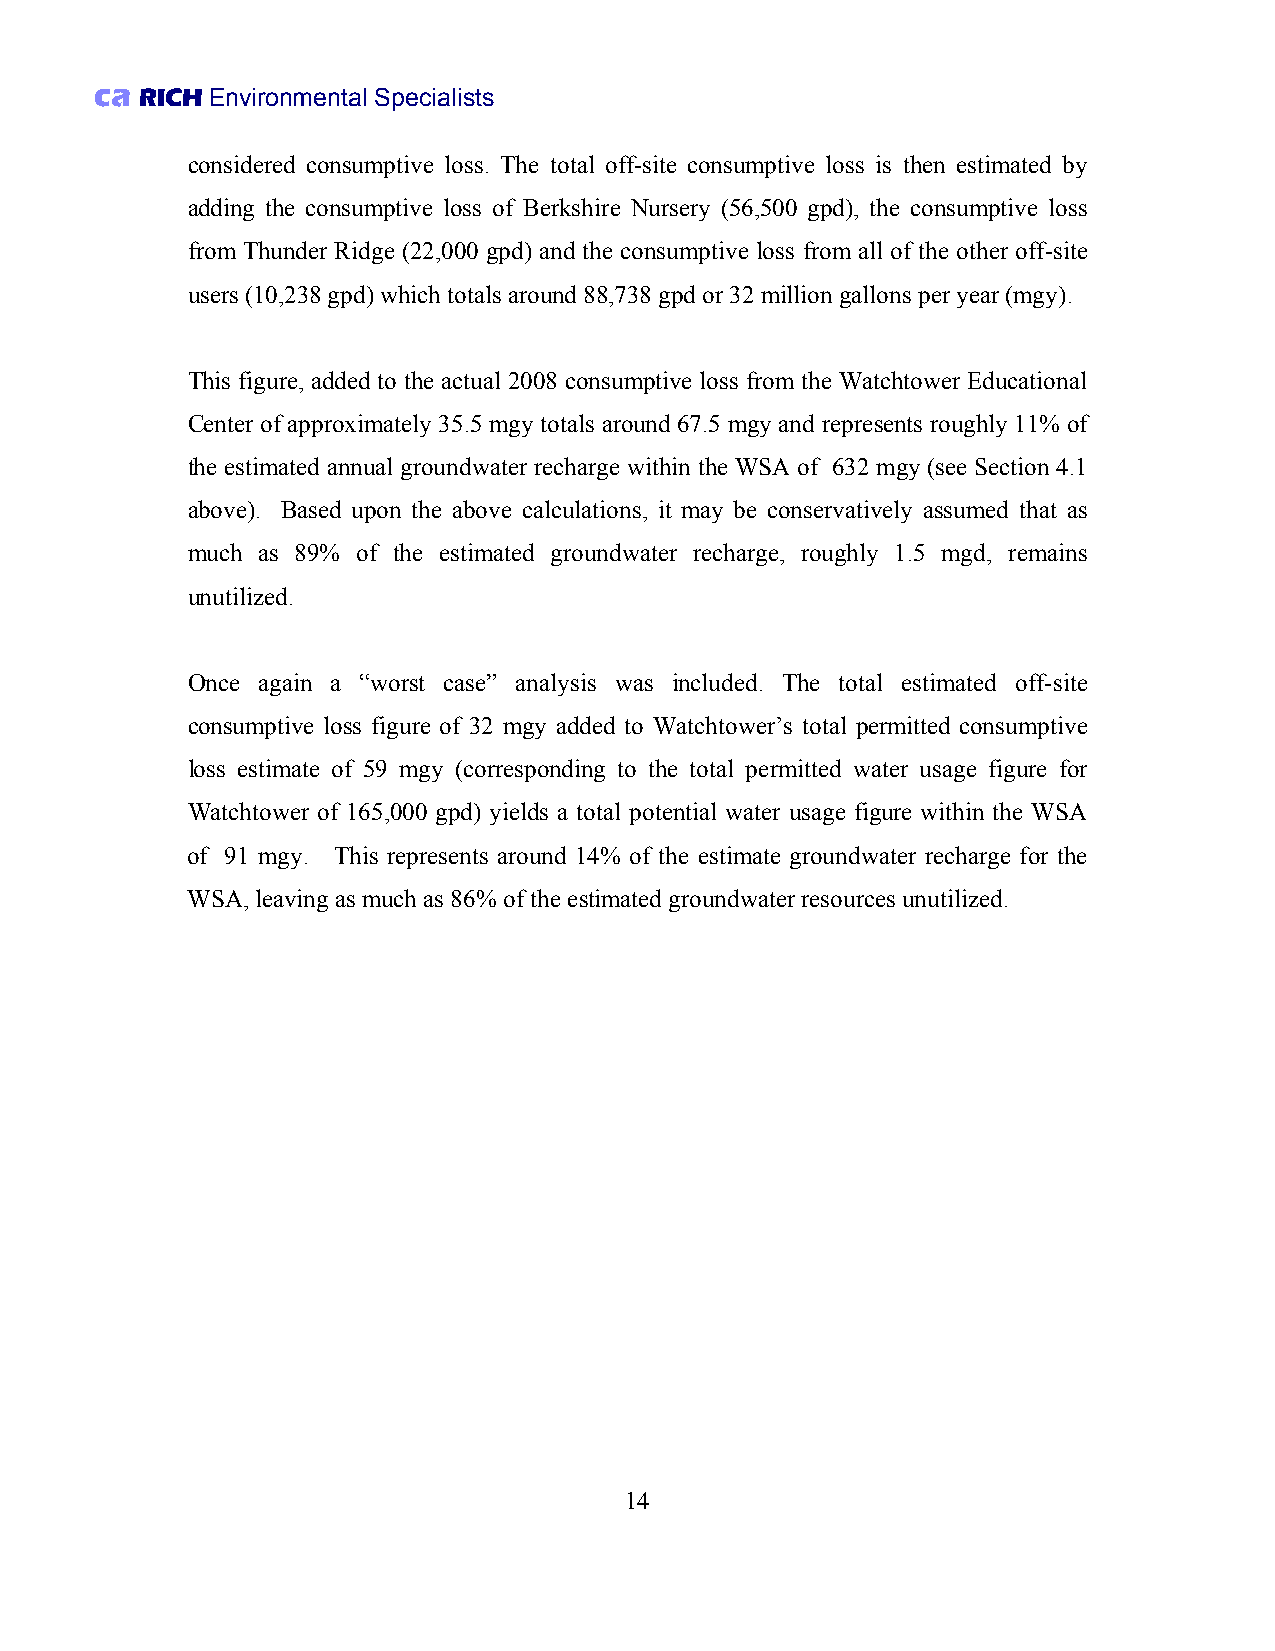
ca RICH Environmental Specialists
 considered consumptive loss. The total off-site consumptive loss is then estimated by
 adding the consumptive loss of Berkshire Nursery (56,500 gpd), the consumptive loss
 from Thunder Ridge (22,000 gpd) and the consumptive loss from all of the other off-site
 users (10,238 gpd) which totals around 88,738 gpd or 32 million gallons per year (mgy).
 This figure, added to the actual 2008 consumptive loss from the Watchtower Educational
 Center of approximately 35.5 mgy totals around 67.5 mgy and represents roughly 11% of
 the estimated annual groundwater recharge within the WSA of 632 mgy (see Section 4.1
 above). Based upon the above calculations, it may be conservatively assumed that as
 much as 89% of the estimated groundwater recharge, roughly 1.5 mgd, remains
 unutilized.
 Once again a “worst case” analysis was included. The total estimated off-site
 consumptive loss figure of 32 mgy added to Watchtower’s total permitted consumptive
 loss estimate of 59 mgy (corresponding to the total permitted water usage figure for
 Watchtower of 165,000 gpd) yields a total potential water usage figure within the WSA
 of 91 mgy. This represents around 14% of the estimate groundwater recharge for the
 WSA, leaving as much as 86% of the estimated groundwater resources unutilized.
 14